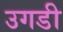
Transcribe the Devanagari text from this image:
उगडी